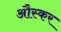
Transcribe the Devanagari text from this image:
औस्कर